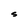
Character: S